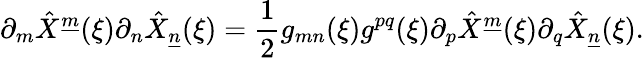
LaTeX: \partial_{m}\hat{X}^{\underline{{{m}}}}(\xi)\partial_{n}\hat{X}_{\underline{{{n}}}}(\xi)={\frac{1}{2}}g_{mn}(\xi)g^{pq}(\xi)\partial_{p}\hat{X}^{\underline{{{m}}}}(\xi)\partial_{q}\hat{X}_{\underline{{{n}}}}(\xi).